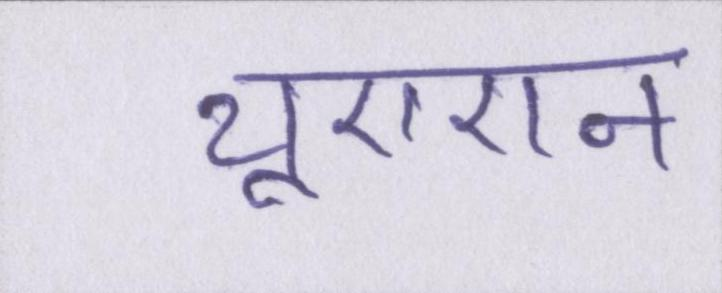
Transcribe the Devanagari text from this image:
यूएएन